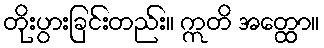
တိုးပွားခြင်းတည်း။ ဣတိ အတ္ထော။